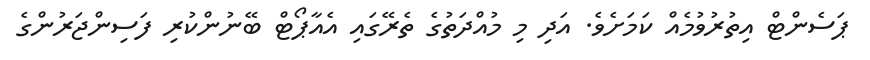
ޕަސެންޓް އިތުރުވުމެއް ކަމަށެވެ. އަދި މި މުއްދަތުގެ ތެރޭގައި އެއާޕޯޓް ބޭނުންކުރި ފަސިންޖަރުންގެ